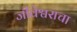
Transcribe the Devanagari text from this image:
जीवेश्वराचा